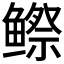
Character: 𬶭